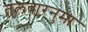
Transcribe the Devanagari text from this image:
तलवारनुमा